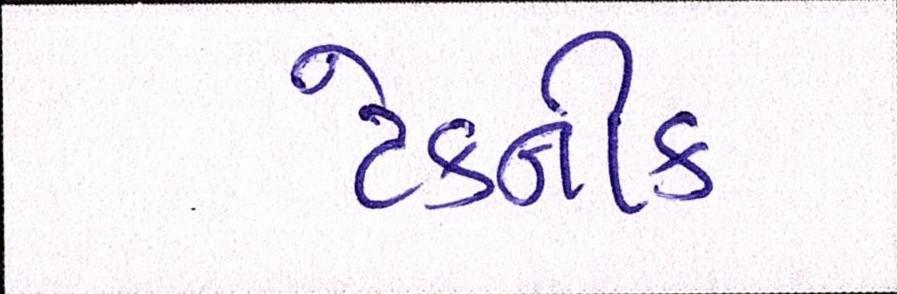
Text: ટેકનીક